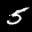
Label: 5